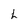
Character: h